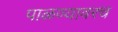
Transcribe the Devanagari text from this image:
पाळण्यावरच